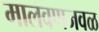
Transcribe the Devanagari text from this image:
मालवणजवळ